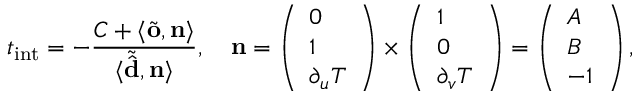
t _ { \mathrm { i n t } } = - \frac { C + \langle \tilde { \mathbf { o } } , \mathbf { n } \rangle } { \langle \tilde { \hat { \mathbf { d } } } , \mathbf { n } \rangle } , \quad \mathbf { n } = \left( \begin{array} { l } { 0 } \\ { 1 } \\ { \partial _ { u } T } \end{array} \right) \times \left( \begin{array} { l } { 1 } \\ { 0 } \\ { \partial _ { v } T } \end{array} \right) = \left( \begin{array} { l } { A } \\ { B } \\ { - 1 } \end{array} \right) ,